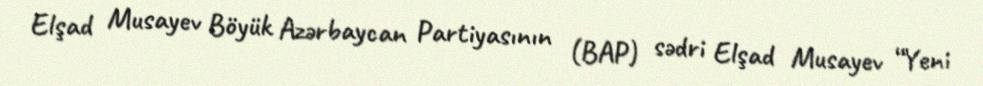
Elşad Musayev Böyük Azərbaycan Partiyasının (BAP) sədri Elşad Musayev “Yeni